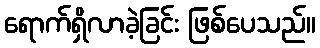
ရောက်ရှိလာခဲ့ခြင်း ဖြစ်ပေသည်။